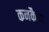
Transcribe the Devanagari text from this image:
कनकैया